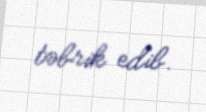
təbrik edib.